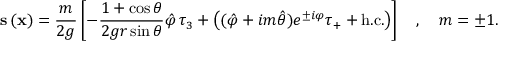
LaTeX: { \bf s } \left( { \bf x } \right) = \frac { m } { 2 g } \left[ - \frac { 1 + \cos \theta } { 2 g r \sin \theta } \hat { \varphi } \, \tau _ { 3 } + \left( ( \hat { \varphi } + i m \hat { \theta } ) e ^ { \pm i \varphi } \tau _ { + } + \mathrm { h . c . } \right) \right] \quad , \quad m = \pm 1 .